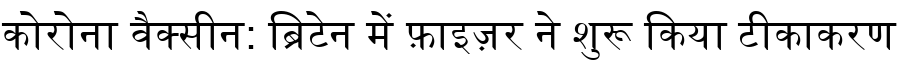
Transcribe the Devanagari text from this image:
कोरोना वैक्सीन: ब्रिटेन में फ़ाइज़र ने शुरू किया टीकाकरण